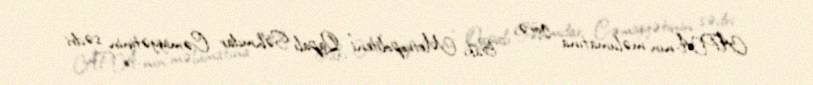
APA-nın məlumatına görə, “Bakı Metropoliteni” Qapalı Səhmdar Cəmiyyətinin sədri